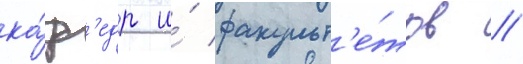
ка́ф'едр и́ факульт'е́тов //